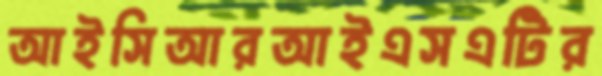
আইসিআরআইএসএটির